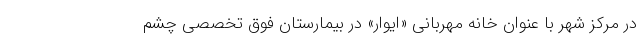
در مرکز شهر با عنوان خانه مهربانی «ایوار» در بیمارستان فوق تخصصی چشم